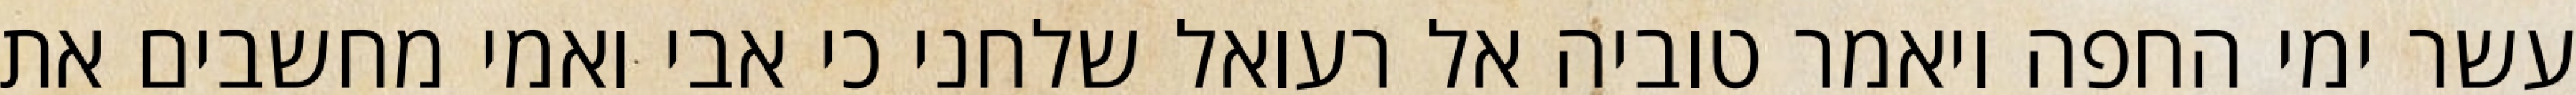
עשר ימי החפה ויאמר טוביה אל רעואל שלחני כי אבי ואמי מחשבים את